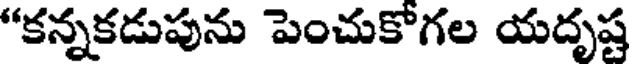
"కన్నకడుపును పెంచుకోగల యదృష్ట